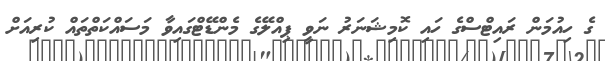
ގެ ހިއުމަން ރައިޓްސްގެ ހައި ކޮމިޝަނަރު ނަވީ ޕިއްލޭގެ މެންޑޭޓްގައިވާ މަސައްކަތްތައް ކުރިއަށް